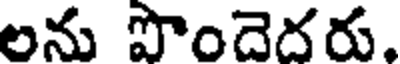
లను పొందెదరు.